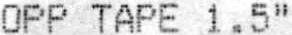
OPP TAPE 1.5"